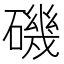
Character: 磯